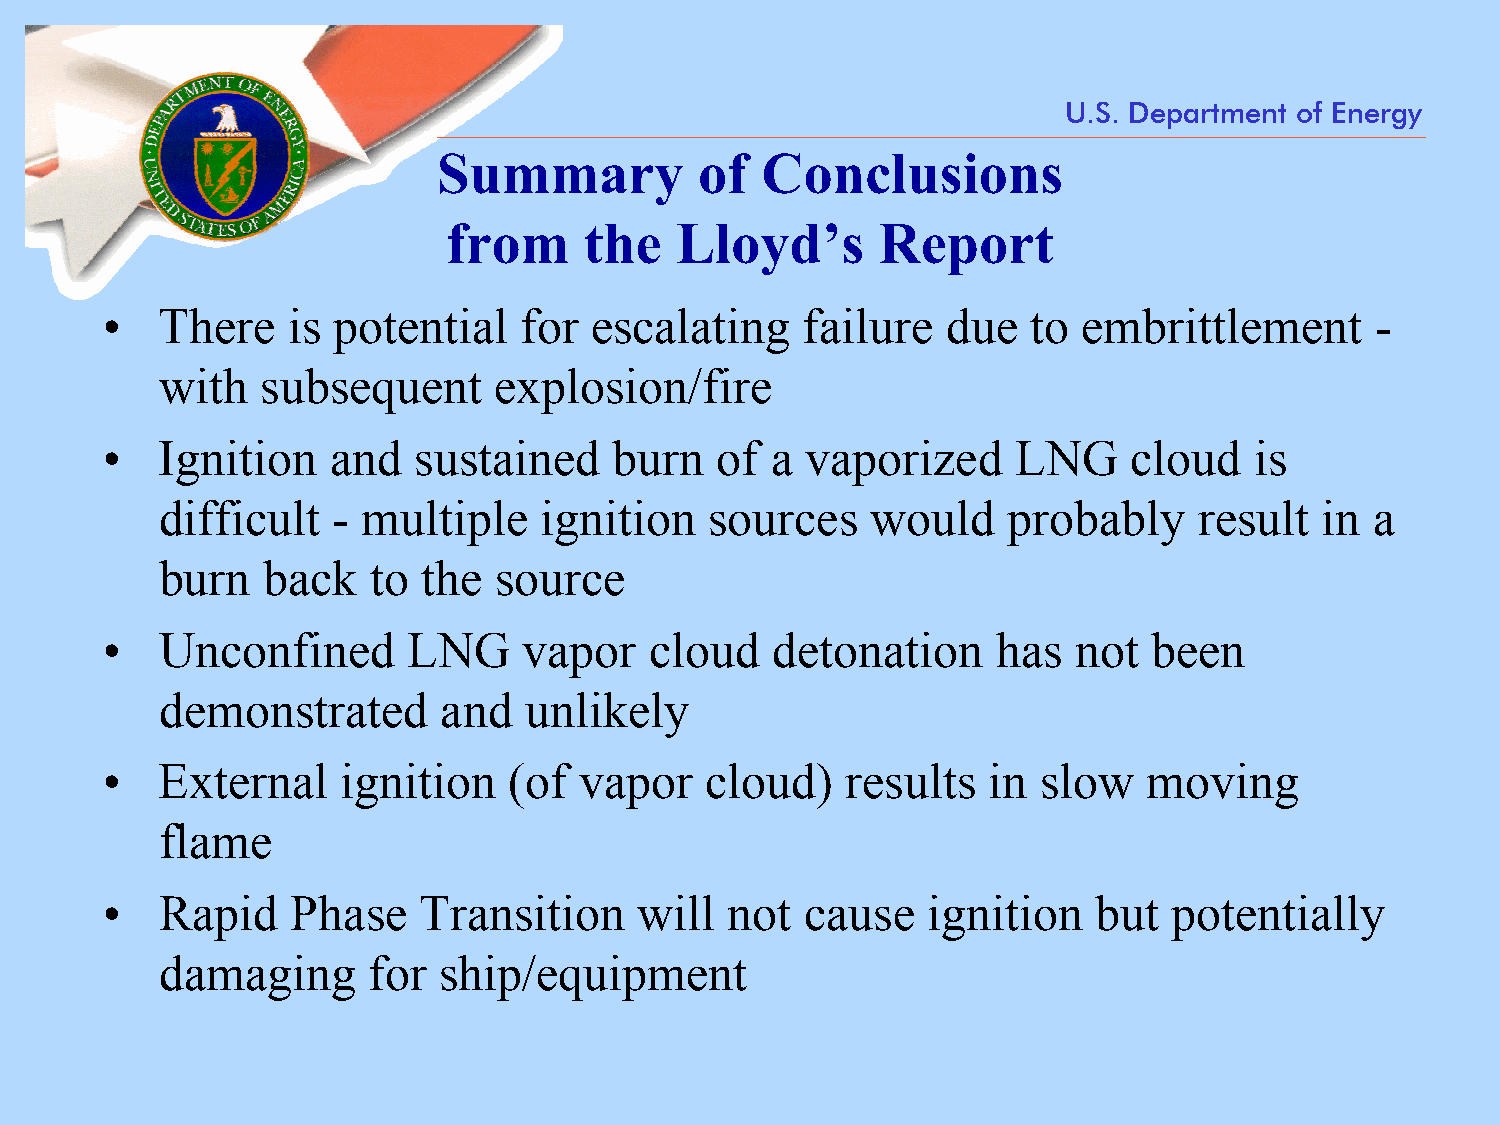
U.S. Department of Energy
 Summary          of  Conclusions
 from     the   Lloyd’s      Report
 •  There    is potential   for  escalating    failure   due  to  embrittlement      -
 with   subsequent      explosion/fire
 •  Ignition    and  sustained     burn  of  a vaporized     LNG     cloud   is
 difficult   - multiple    ignition   sources    would    probably    result  in  a
 burn   back   to  the  source
 •  Unconfined       LNG     vapor   cloud   detonation     has  not  been
 demonstrated       and   unlikely
 •  External     ignition   (of vapor    cloud)   results  in  slow   moving
 flame
 •  Rapid    Phase    Transition    will  not  cause   ignition   but   potentially
 damaging      for  ship/equipment